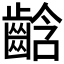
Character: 𪘒